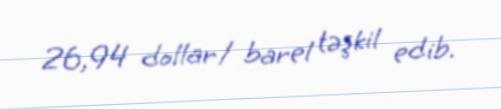
26,94 dollar/ barel təşkil edib.